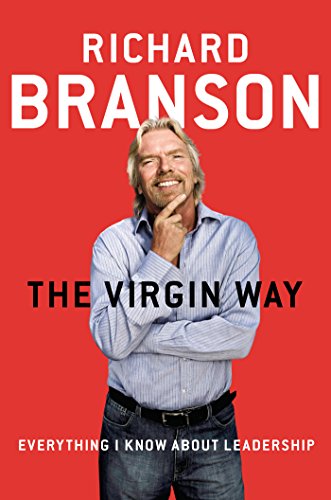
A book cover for The Virgin Way: Everything I Know About Leadership; Richard Branson; Engineering & Transportation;